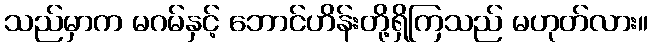
သည်မှာက မဂမ်နှင့် ဘောင်ဟိန်းတို့ရှိကြသည် မဟုတ်လား။